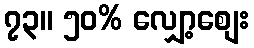
၇၃။ ၅၀% လျှော့စျေး